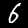
Digit: 6